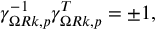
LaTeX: \gamma _ { \Omega R k , p } ^ { - 1 } \gamma _ { \Omega R k , p } ^ { T } = \pm 1 ,